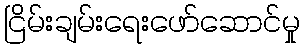
ငြိမ်းချမ်းရေးဖော်ဆောင်မှု